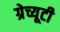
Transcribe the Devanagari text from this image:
ग्रेच्यूटी